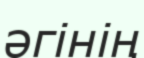
әгінің